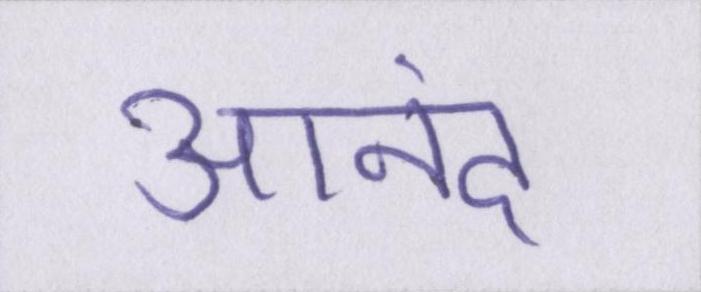
आनंद